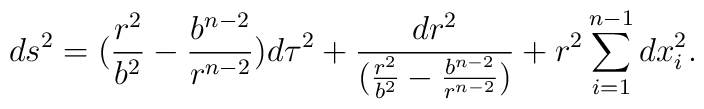
ds^{2}=(\frac{r^{2}}{b^{2}}-\frac{b^{n-2}}{r^{n-2}})d\tau^{2}+\frac{dr^{2}}{(\frac{r^{2}}{b^{2}}-\frac{b^{n-2}}{r^{n-2}})}+r^{2}\sum_{i=1}^{n-1}dx_{i}^{2}.